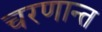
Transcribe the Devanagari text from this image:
चरणान्त